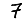
Digit: 7